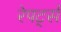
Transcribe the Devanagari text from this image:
रेपर्ट्स